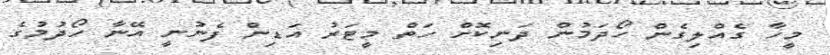
މީހާ ގެއްލިގެން ހޯދަމުން ދަނިކޮށް ހަތް މީޓަރު އަޑިން ފެނުނީ އޭނާ ހޯދުމުގެ